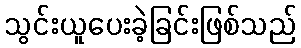
သွင်းယူပေးခဲ့ခြင်းဖြစ်သည်